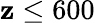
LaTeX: \mathbf{z}\le600